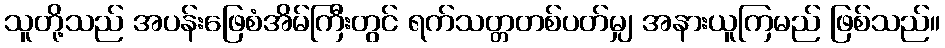
သူတို့သည် အပန်းဖြေစံအိမ်ကြီးတွင် ရက်သတ္တတစ်ပတ်မျှ အနားယူကြမည် ဖြစ်သည်။